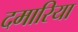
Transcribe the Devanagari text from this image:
दमारिया